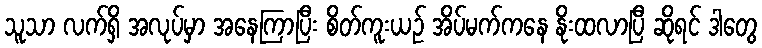
သူသာ လက်ရှိ အလုပ်မှာ အနေကြာပြီး စိတ်ကူးယဉ် အိပ်မက်ကနေ နိုးထလာပြီ ဆိုရင် ဒါတွေ